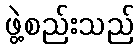
ဖွဲ့စည်းသည်